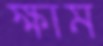
ক্ষাম